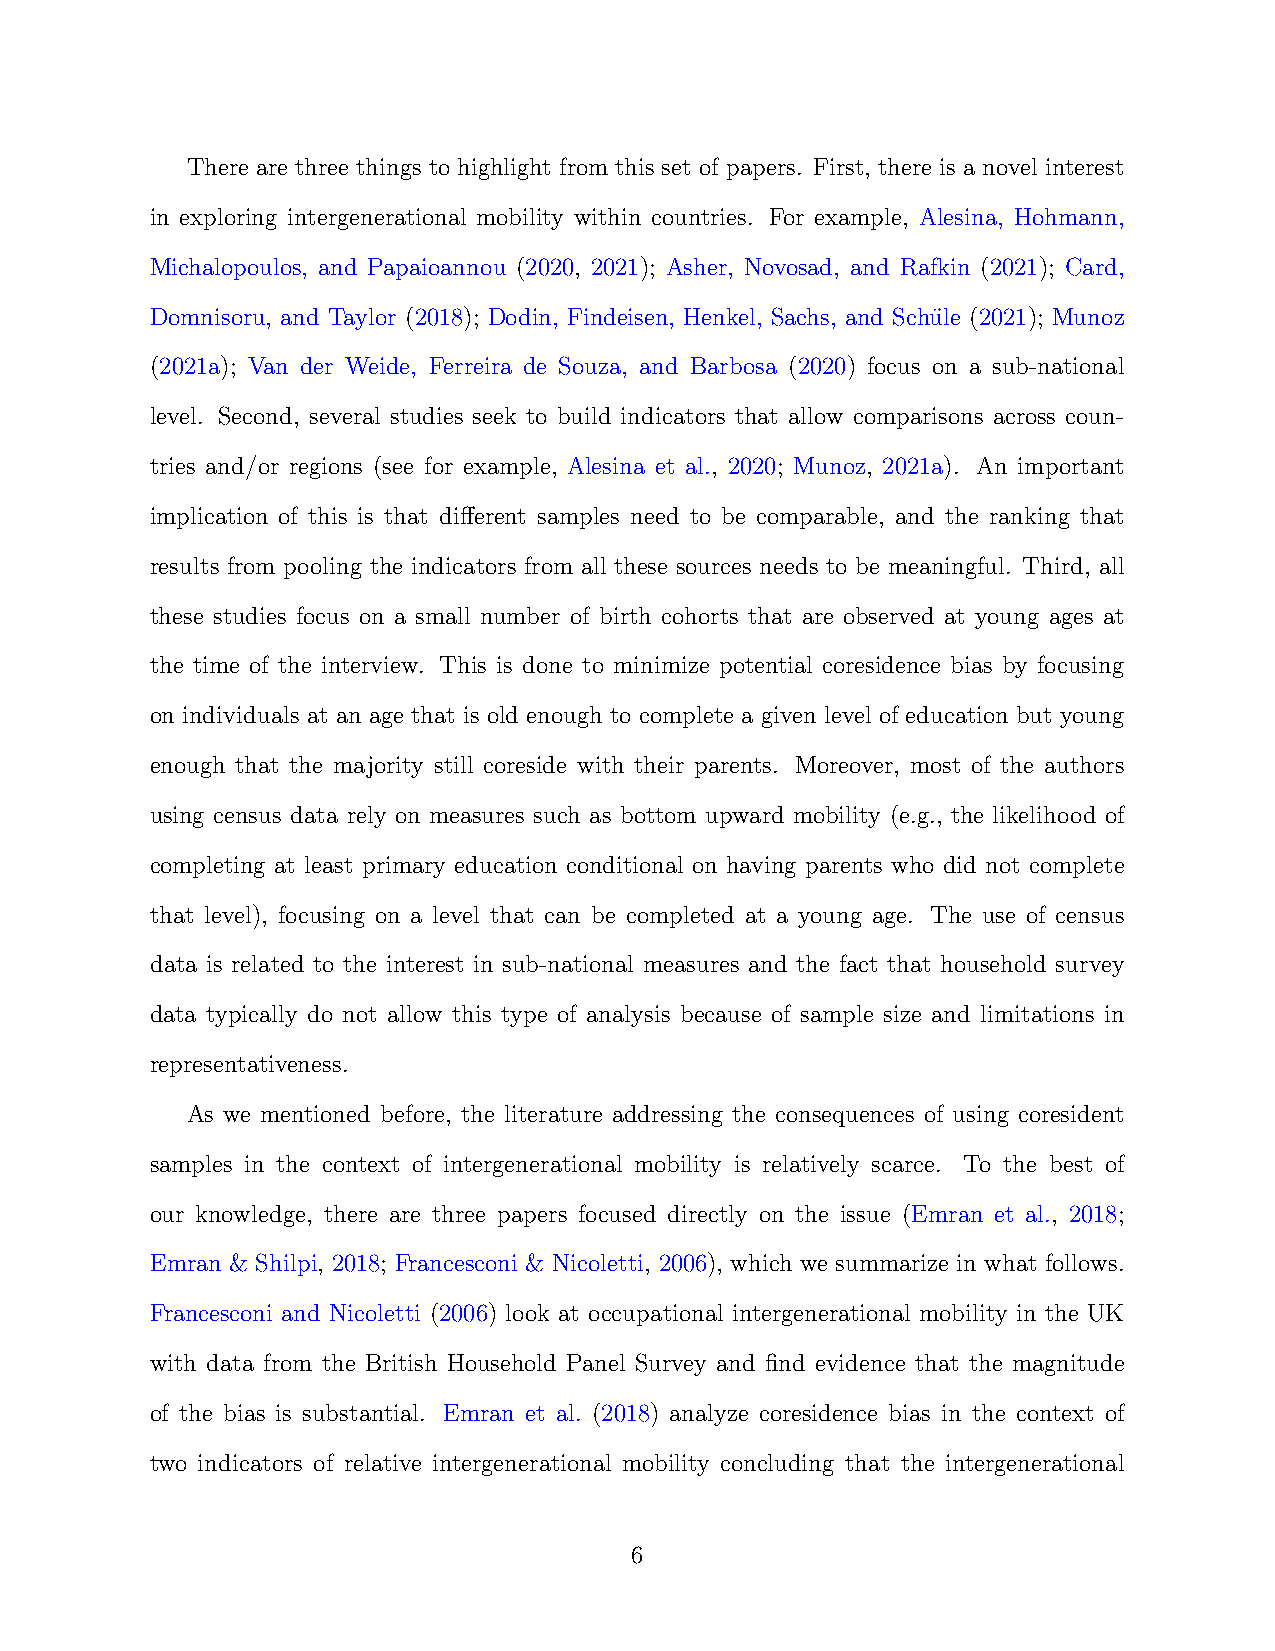
There are three things to highlight from this set of papers. First, there is a novel interest
 in exploring intergenerational mobility within countries. For example, Alesina, Hohmann,
 Michalopoulos, and Papaioannou (2020, 2021); Asher, Novosad, and Rafkin (2021); Card,
 Domnisoru, and Taylor (2018); Dodin, Findeisen, Henkel, Sachs, and Schu¨le (2021); Munoz
 (2021a); Van der Weide, Ferreira de Souza, and Barbosa (2020) focus on a sub-national
 level. Second, several studies seek to build indicators that allow comparisons across coun-
 tries and/or regions (see for example, Alesina et al., 2020; Munoz, 2021a). An important
 implication of this is that different samples need to be comparable, and the ranking that
 results from pooling the indicators from all these sources needs to be meaningful. Third, all
 these studies focus on a small number of birth cohorts that are observed at young ages at
 the time of the interview. This is done to minimize potential coresidence bias by focusing
 on individuals at an age that is old enough to complete a given level of education but young
 enough that the majority still coreside with their parents. Moreover, most of the authors
 using census data rely on measures such as bottom upward mobility (e.g., the likelihood of
 completing at least primary education conditional on having parents who did not complete
 that level), focusing on a level that can be completed at a young age. The use of census
 data is related to the interest in sub-national measures and the fact that household survey
 data typically do not allow this type of analysis because of sample size and limitations in
 representativeness.
 As we mentioned before, the literature addressing the consequences of using coresident
 samples in the context of intergenerational mobility is relatively scarce. To the best of
 our knowledge, there are three papers focused directly on the issue (Emran et al., 2018;
 Emran & Shilpi, 2018; Francesconi & Nicoletti, 2006), which we summarize in what follows.
 Francesconi and Nicoletti (2006) look at occupational intergenerational mobility in the UK
 with data from the British Household Panel Survey and find evidence that the magnitude
 of the bias is substantial. Emran et al. (2018) analyze coresidence bias in the context of
 two indicators of relative intergenerational mobility concluding that the intergenerational
 6